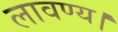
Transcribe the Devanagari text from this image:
लावण्य।